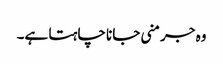
وہ جرمنی جانا چاہتا ہے۔